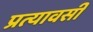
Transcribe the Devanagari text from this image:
प्रत्यावर्सी